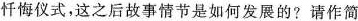
忏悔仪式，这之后故事情节是如何发展的?请作简